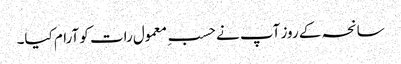
سانحہ کے روز آپ نے حسبِ معمول رات کو آرام کیا۔